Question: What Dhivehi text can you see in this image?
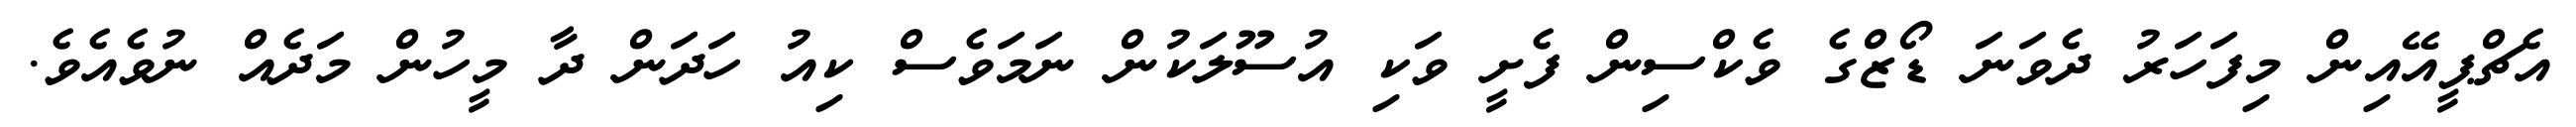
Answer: އެޗްޕީއޭއިން މިފަހަރު ދެވަނަ ޑޯޒްގެ ވެކްސިން ފެށީ ވަކި އުސޫލަކުން ނަމަވެސް ކިއު ހަދަން ދާ މީހުން މަދެއް ނުވެއެވެ.